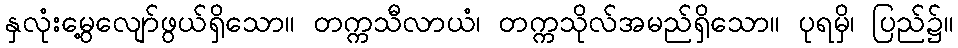
နှလုံးမွေ့လျော်ဖွယ်ရှိသော။ တက္ကသီလာယံ၊ တက္ကသိုလ်အမည်ရှိသော။ ပုရမှိ၊ ပြည်၌။